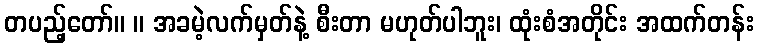
တပည့်တော်။ ။ အခမဲ့လက်မှတ်နဲ့ စီးတာ မဟုတ်ပါဘူး၊ ထုံးစံအတိုင်း အထက်တန်း